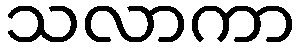
သလာကာ